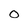
Character: O